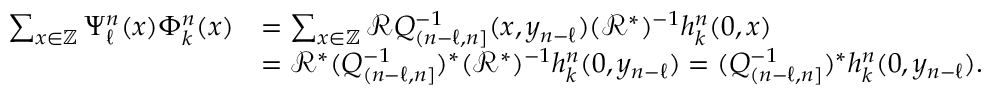
\begin{array} { r l } { \textstyle \sum _ { x \in \mathbb { Z } } \Psi _ { \ell } ^ { n } ( x ) \Phi _ { k } ^ { n } ( x ) } & { \textstyle = \sum _ { x \in \mathbb { Z } } \mathcal { R } Q _ { ( n - \ell , n ] } ^ { - 1 } ( x , y _ { n - \ell } ) ( \mathcal { R } ^ { * } ) ^ { - 1 } h _ { k } ^ { n } ( 0 , x ) } \\ & { \textstyle = \mathcal { R } ^ { * } ( Q _ { ( n - \ell , n ] } ^ { - 1 } ) ^ { * } ( \mathcal { R } ^ { * } ) ^ { - 1 } h _ { k } ^ { n } ( 0 , y _ { n - \ell } ) = ( Q _ { ( n - \ell , n ] } ^ { - 1 } ) ^ { * } h _ { k } ^ { n } ( 0 , y _ { n - \ell } ) . } \end{array}